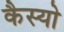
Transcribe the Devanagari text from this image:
कैस्‍यो